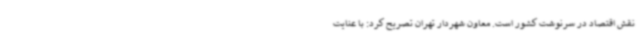
نقش اقتصاد در سرنوشت کشور است. معاون شهردار تهران تصریح کرد: با عنایت